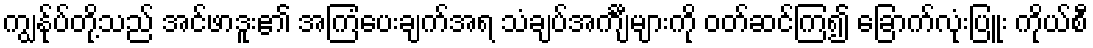
ကျွန်ုပ်တို့သည် အင်ဖာဒူး၏ အကြံပေးချက်အရ သံချပ်အင်္ကျီများကို ဝတ်ဆင်ကြ၍ ခြောက်လုံးပြူး ကိုယ်စီ